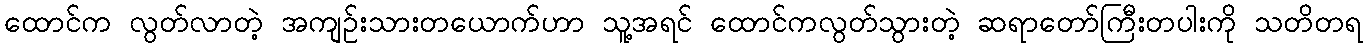
ထောင်က လွတ်လာတဲ့ အကျဉ်းသားတယောက်ဟာ သူ့အရင် ထောင်ကလွတ်သွားတဲ့ ဆရာတော်ကြီးတပါးကို သတိတရ